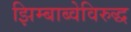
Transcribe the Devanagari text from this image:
झिम्बाब्वेविरुद्ध